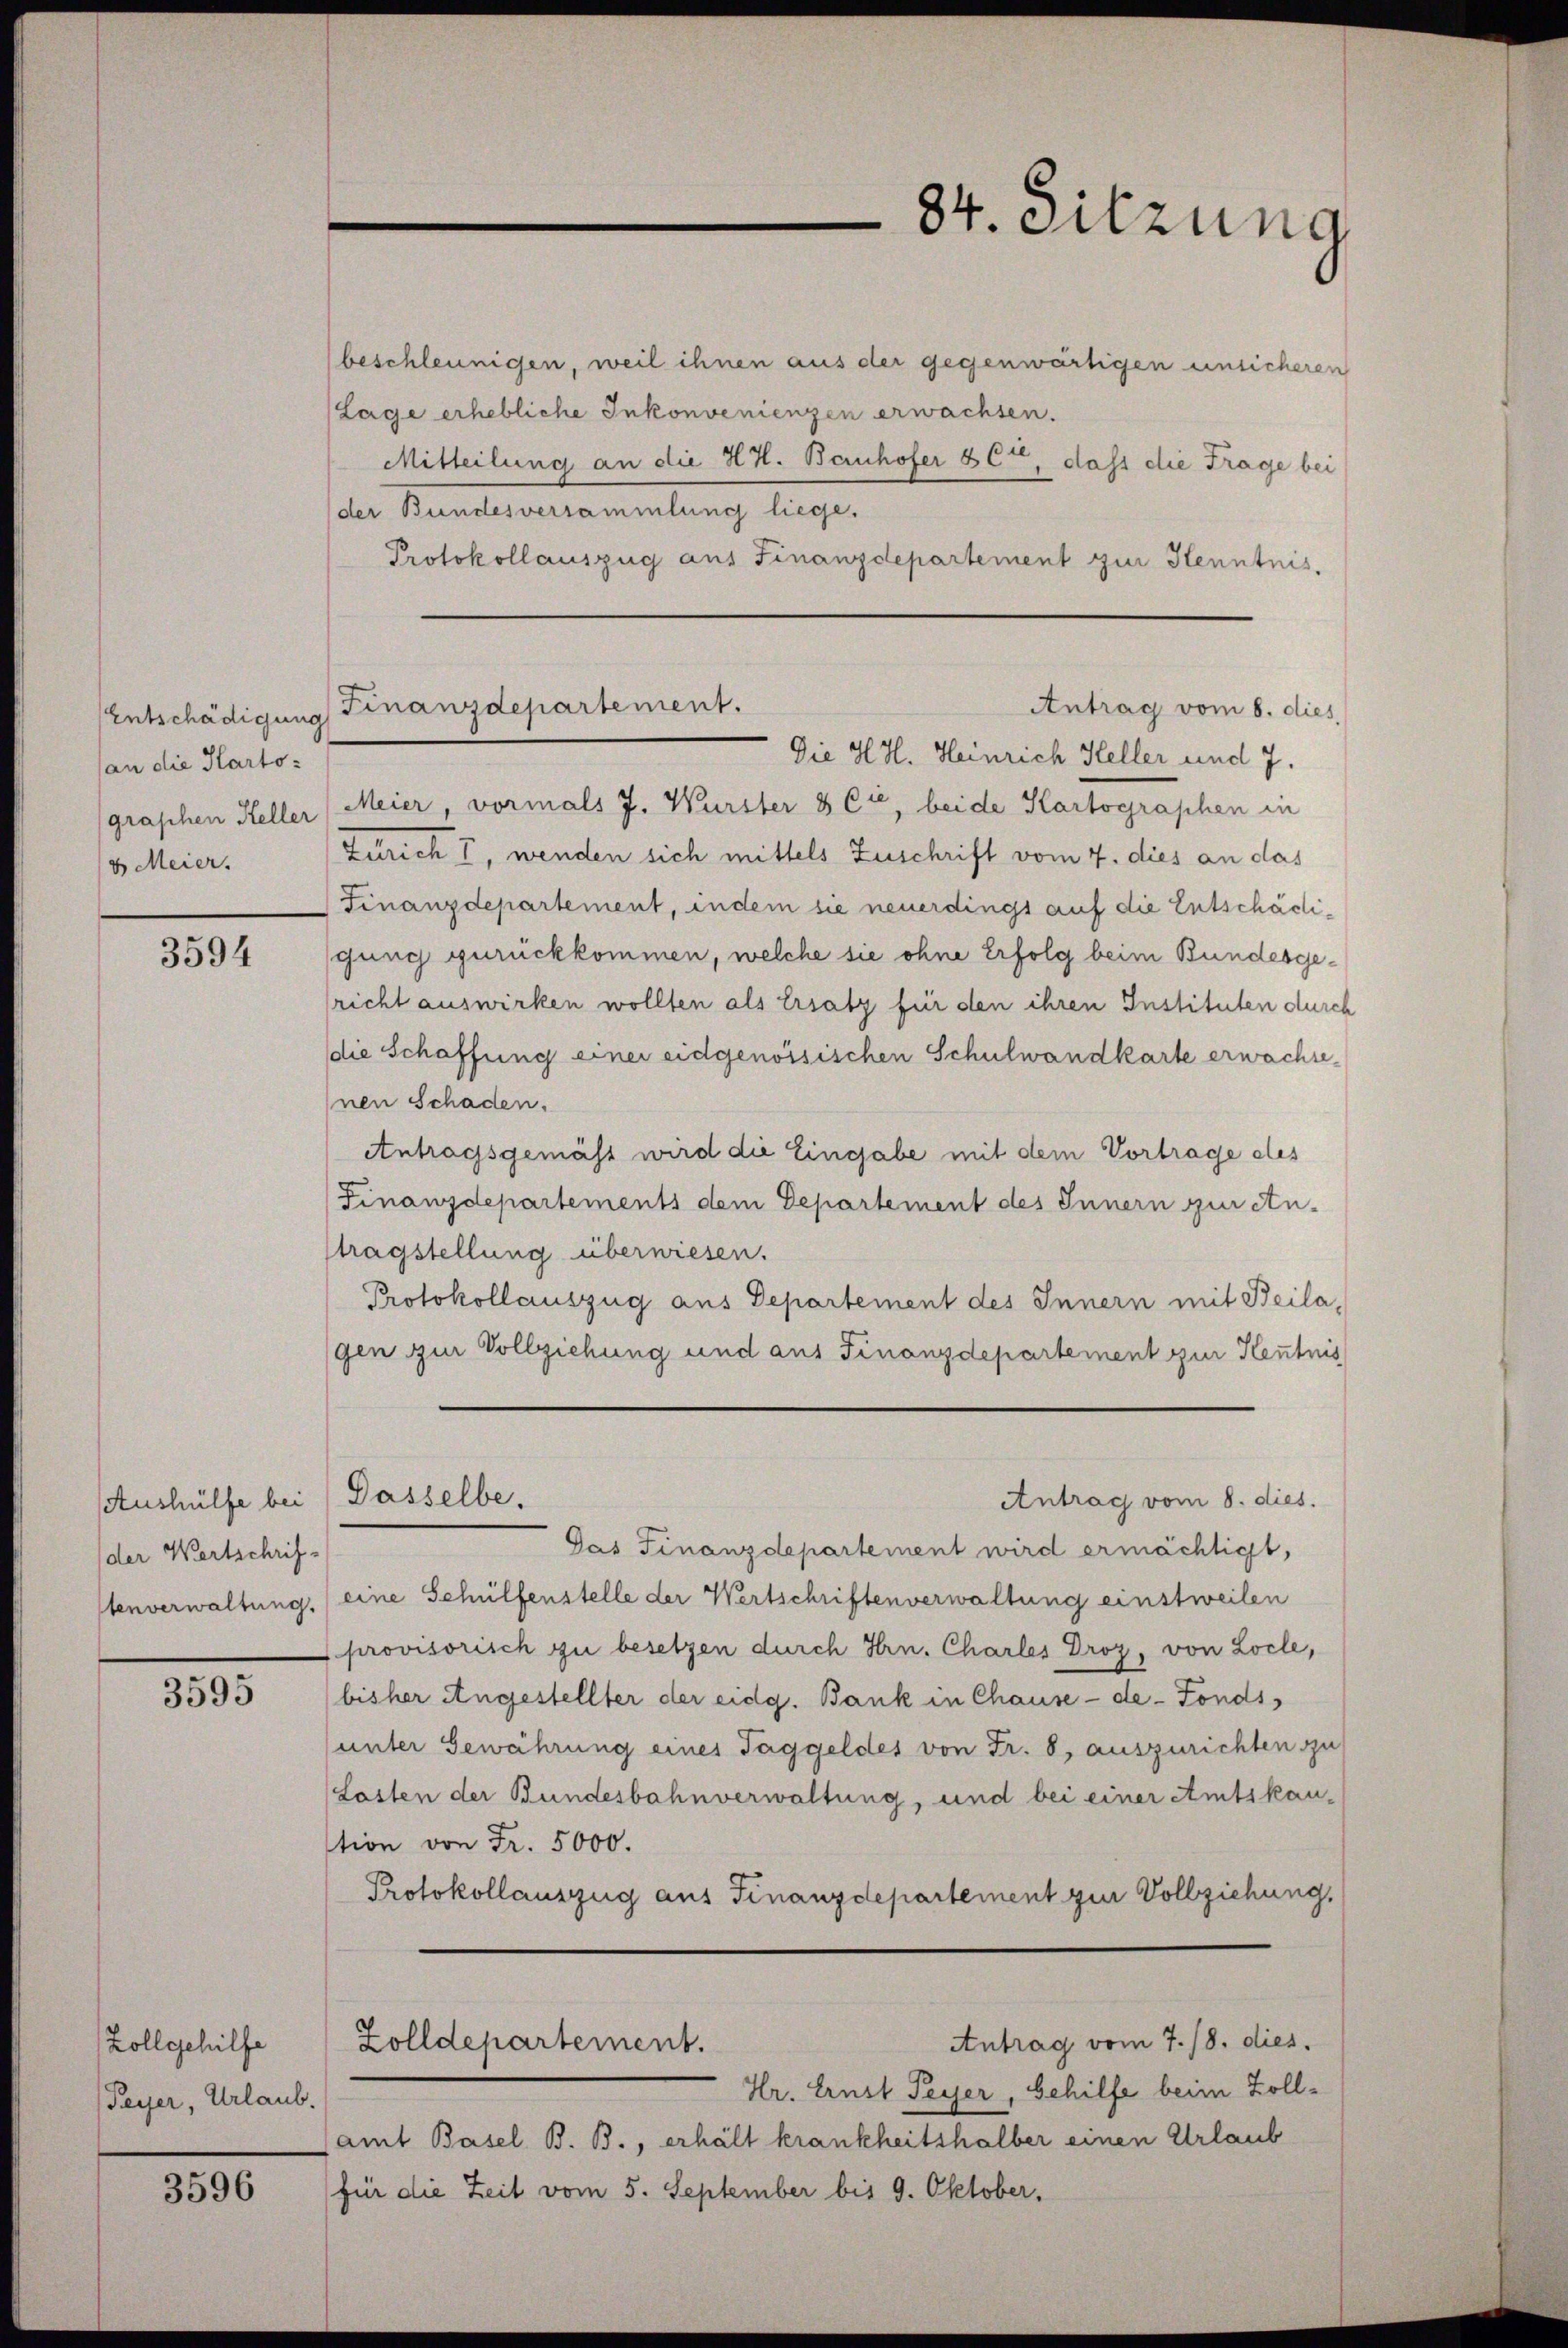
an die Karto:
graphen Keller
u Meier.

3594

Aushülfe bei
der Wertschrif-
tenverwaltung.

3595

Zollgehilfe
Peyer, Urlaub.

3596

beschleunigen, weil ihnen aus der gegenwärtigen einsicherer
Lage erhebliche Inkonvenienzen erwachsen.
Mitteilung an die H.H. Bernhofer & Cie, dass die Frage bei
der Bundesversammlung liege.
Protokollauszug aus Finanzdepartement zur Kenntnis,
Die H.H. Heinrich Heller und 7.
Meier, vormals J. Wurster & Cie, beide Kartographen in
Zürich I, wenden sich mittels Zuschrift vom 7. dies an das
Finanzdepartement, indem sie neuerdings auf die Entschädigung zurückkommen, welche sie ohne Erfolg beim Bundesgericht auswirken wollten als Ersatz für den ihren Instituten durc
die Schaffung einer eidgenössischen Schulwandkarte erwachsenen Schaden.
Antragsgemäss wird die Eingabe mit dem Vortrage des
Finanzdepartements dem Departement des Innern zur etu-
tragstellung überwiesen.
Protokollauszug aus Departement des Innern mit Beila
gen zur Vollziehung und aus Finanzdepartement zur Kenntni
Dasselbe.
Antrag vom 8. dies.
Das Finanzdepartement wird ermächtigt,
(eine Schülfenstelle der Wertschriftenverwaltung einstweilen
provisorisch zu besetzen durch Hrn. Charles Droz, von Locle,
bisher Angestellter der eidg. Bank in Chause -de-Fonds,
unter Gewährung eines Taggeldes von Fr. 8, auszurichten zu
Losten der Bundesbahnverwaltung, und bei einer Amtskan-
tion von Fr. 5000.
Protokollauszug aus Finanzdepartement zur Vollziehung,
Antrag vom 7./8. dies
Zolldepartement.
Hr. Ernst Peyer, Gehilfe beim Zollamt Basel B. B., erhält krankheitshalber einen Urlaub
für die Zeit vom 5. September bis 9. Oktober,

34. Sitzung

Antrag vom 8. dies
Entschädigung Finanzdepartement.